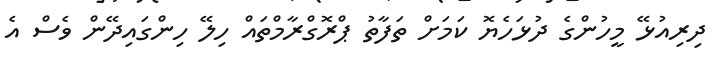
ދިރިއުޅޭ މީހުންގެ ދުޅަހެޔޮ ކަމަށް ތަފާތު ޕްރޮގްރާމްތައް ހިލޭ ހިންގައިދޭން ވެސް އެ